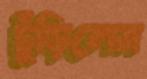
ঢুঁড়িলেন